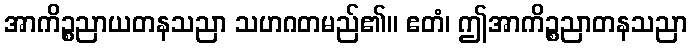
အာကိဉ္စညာယတနသညာ သဟဂတမည်၏။ ဧတံ၊ ဤအာကိဉ္စညာတနသညာ